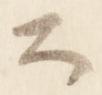
公